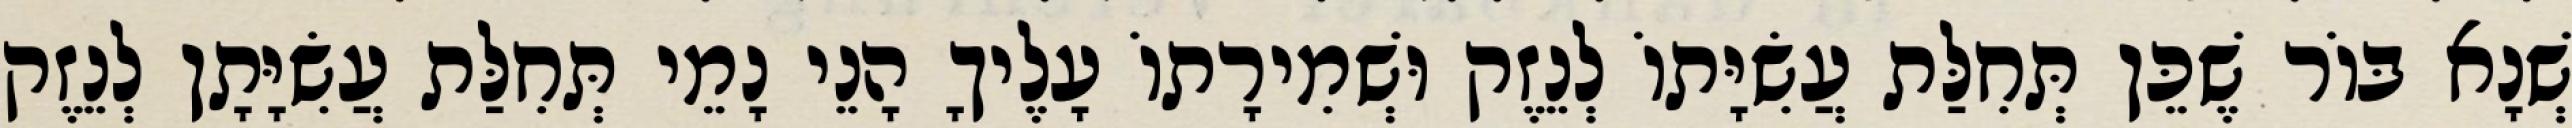
שְׁנָא בּוֹר שֶׁכֵּן תְּחִלַּת עֲשִׂיָּתוֹ לְנֵזֶק וּשְׁמִירָתוֹ עָלֶיךָ הָנֵי נָמֵי תְּחִלַּת עֲשִׂיָּתָן לְנֵזֶק